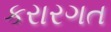
કરારગત